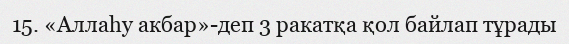
15. «Аллаһу акбар»-деп 3 ракатқа қол байлап тұрады